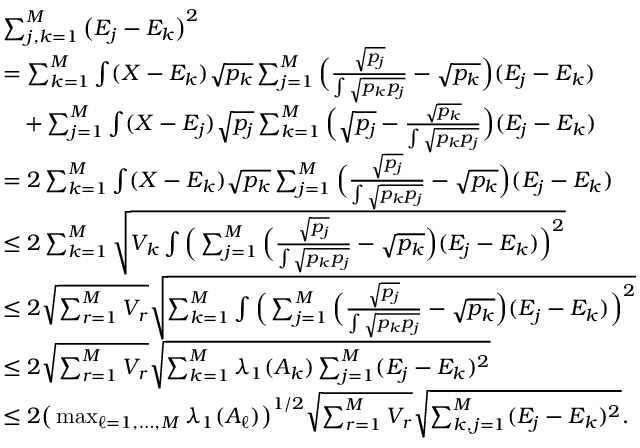
\begin{array} { r l } & { \sum _ { j , k = 1 } ^ { M } \big ( E _ { j } - E _ { k } \big ) ^ { 2 } } \\ & { = \sum _ { k = 1 } ^ { M } \int ( X - E _ { k } ) \sqrt { p _ { k } } \sum _ { j = 1 } ^ { M } \Big ( \frac { \sqrt { p _ { j } } } { \int \sqrt { p _ { k } p _ { j } } } - \sqrt { p _ { k } } \Big ) ( E _ { j } - E _ { k } ) } \\ & { \quad + \sum _ { j = 1 } ^ { M } \int ( X - E _ { j } ) \sqrt { p _ { j } } \sum _ { k = 1 } ^ { M } \Big ( \sqrt { p _ { j } } - \frac { \sqrt { p _ { k } } } { \int \sqrt { p _ { k } p _ { j } } } \Big ) ( E _ { j } - E _ { k } ) } \\ & { = 2 \sum _ { k = 1 } ^ { M } \int ( X - E _ { k } ) \sqrt { p _ { k } } \sum _ { j = 1 } ^ { M } \Big ( \frac { \sqrt { p _ { j } } } { \int \sqrt { p _ { k } p _ { j } } } - \sqrt { p _ { k } } \Big ) ( E _ { j } - E _ { k } ) } \\ & { \leq 2 \sum _ { k = 1 } ^ { M } \sqrt { V _ { k } \int \Big ( \sum _ { j = 1 } ^ { M } \Big ( \frac { \sqrt { p _ { j } } } { \int \sqrt { p _ { k } p _ { j } } } - \sqrt { p _ { k } } \Big ) ( E _ { j } - E _ { k } ) \Big ) ^ { 2 } } } \\ & { \leq 2 \sqrt { \sum _ { r = 1 } ^ { M } V _ { r } } \sqrt { \sum _ { k = 1 } ^ { M } \int \Big ( \sum _ { j = 1 } ^ { M } \Big ( \frac { \sqrt { p _ { j } } } { \int \sqrt { p _ { k } p _ { j } } } - \sqrt { p _ { k } } \Big ) ( E _ { j } - E _ { k } ) \Big ) ^ { 2 } } } \\ & { \leq 2 \sqrt { \sum _ { r = 1 } ^ { M } V _ { r } } \sqrt { \sum _ { k = 1 } ^ { M } \lambda _ { 1 } ( A _ { k } ) \sum _ { j = 1 } ^ { M } ( E _ { j } - E _ { k } ) ^ { 2 } } } \\ & { \leq 2 \big ( \operatorname* { m a x } _ { \ell = 1 , \ldots , M } \lambda _ { 1 } ( A _ { \ell } ) \big ) ^ { 1 / 2 } \sqrt { \sum _ { r = 1 } ^ { M } V _ { r } } \sqrt { \sum _ { k , j = 1 } ^ { M } ( E _ { j } - E _ { k } ) ^ { 2 } } . } \end{array}